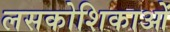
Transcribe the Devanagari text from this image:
लसकोशिकाओं